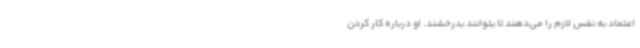
اعتماد به نفس لازم را می‌دهند تا بتوانند بدرخشند. او درباره کار کردن